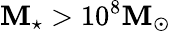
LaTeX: \mathbf{M}_{\star}>10^{8}\mathrm{{\mathbf{M}}}_{\odot}